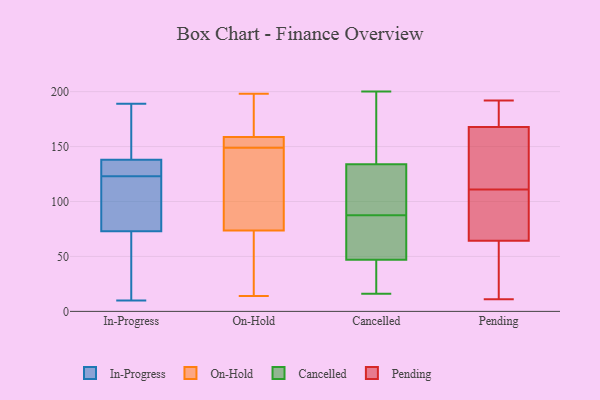
{"axis": {"x": "Churn Rate (%)", "y": "Value"}, "legend": ["Cancelled", "In-Progress", "On-Hold", "Pending"], "data": [{"x": "", "y": 73, "type": "In-Progress"}, {"x": "", "y": 127, "type": "In-Progress"}, {"x": "", "y": 10, "type": "In-Progress"}, {"x": "", "y": 30, "type": "In-Progress"}, {"x": "", "y": 123, "type": "In-Progress"}, {"x": "", "y": 155, "type": "In-Progress"}, {"x": "", "y": 51, "type": "In-Progress"}, {"x": "", "y": 151, "type": "In-Progress"}, {"x": "", "y": 132, "type": "In-Progress"}, {"x": "", "y": 115, "type": "In-Progress"}, {"x": "", "y": 140, "type": "In-Progress"}, {"x": "", "y": 120, "type": "In-Progress"}, {"x": "", "y": 128, "type": "In-Progress"}, {"x": "", "y": 189, "type": "In-Progress"}, {"x": "", "y": 73, "type": "In-Progress"}, {"x": "", "y": 66, "type": "On-Hold"}, {"x": "", "y": 152, "type": "On-Hold"}, {"x": "", "y": 196, "type": "On-Hold"}, {"x": "", "y": 152, "type": "On-Hold"}, {"x": "", "y": 195, "type": "On-Hold"}, {"x": "", "y": 58, "type": "On-Hold"}, {"x": "", "y": 131, "type": "On-Hold"}, {"x": "", "y": 155, "type": "On-Hold"}, {"x": "", "y": 114, "type": "On-Hold"}, {"x": "", "y": 198, "type": "On-Hold"}, {"x": "", "y": 153, "type": "On-Hold"}, {"x": "", "y": 149, "type": "On-Hold"}, {"x": "", "y": 51, "type": "On-Hold"}, {"x": "", "y": 47, "type": "On-Hold"}, {"x": "", "y": 171, "type": "On-Hold"}, {"x": "", "y": 96, "type": "On-Hold"}, {"x": "", "y": 160, "type": "On-Hold"}, {"x": "", "y": 100, "type": "On-Hold"}, {"x": "", "y": 14, "type": "On-Hold"}, {"x": "", "y": 163, "type": "Cancelled"}, {"x": "", "y": 55, "type": "Cancelled"}, {"x": "", "y": 77, "type": "Cancelled"}, {"x": "", "y": 37, "type": "Cancelled"}, {"x": "", "y": 134, "type": "Cancelled"}, {"x": "", "y": 34, "type": "Cancelled"}, {"x": "", "y": 98, "type": "Cancelled"}, {"x": "", "y": 16, "type": "Cancelled"}, {"x": "", "y": 35, "type": "Cancelled"}, {"x": "", "y": 47, "type": "Cancelled"}, {"x": "", "y": 188, "type": "Cancelled"}, {"x": "", "y": 178, "type": "Cancelled"}, {"x": "", "y": 128, "type": "Cancelled"}, {"x": "", "y": 200, "type": "Cancelled"}, {"x": "", "y": 128, "type": "Cancelled"}, {"x": "", "y": 53, "type": "Cancelled"}, {"x": "", "y": 77, "type": "Cancelled"}, {"x": "", "y": 116, "type": "Cancelled"}, {"x": "", "y": 165, "type": "Pending"}, {"x": "", "y": 11, "type": "Pending"}, {"x": "", "y": 190, "type": "Pending"}, {"x": "", "y": 128, "type": "Pending"}, {"x": "", "y": 66, "type": "Pending"}, {"x": "", "y": 86, "type": "Pending"}, {"x": "", "y": 59, "type": "Pending"}, {"x": "", "y": 130, "type": "Pending"}, {"x": "", "y": 192, "type": "Pending"}, {"x": "", "y": 36, "type": "Pending"}, {"x": "", "y": 98, "type": "Pending"}, {"x": "", "y": 152, "type": "Pending"}, {"x": "", "y": 92, "type": "Pending"}, {"x": "", "y": 111, "type": "Pending"}, {"x": "", "y": 178, "type": "Pending"}, {"x": "", "y": 28, "type": "Pending"}, {"x": "", "y": 176, "type": "Pending"}]}